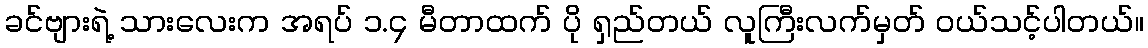
ခင်ဗျားရဲ့ သားလေးက အရပ် ၁.၄ မီတာထက် ပို ရှည်တယ် လူကြီးလက်မှတ် ဝယ်သင့်ပါတယ်။